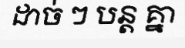
ដាច់ ៗ បន្ត គ្នា